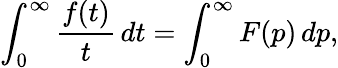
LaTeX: \int_{0}^{\infty}{\frac{f(t)}{t}}\, dt=\int_{0}^{\infty}F(p)\, dp,